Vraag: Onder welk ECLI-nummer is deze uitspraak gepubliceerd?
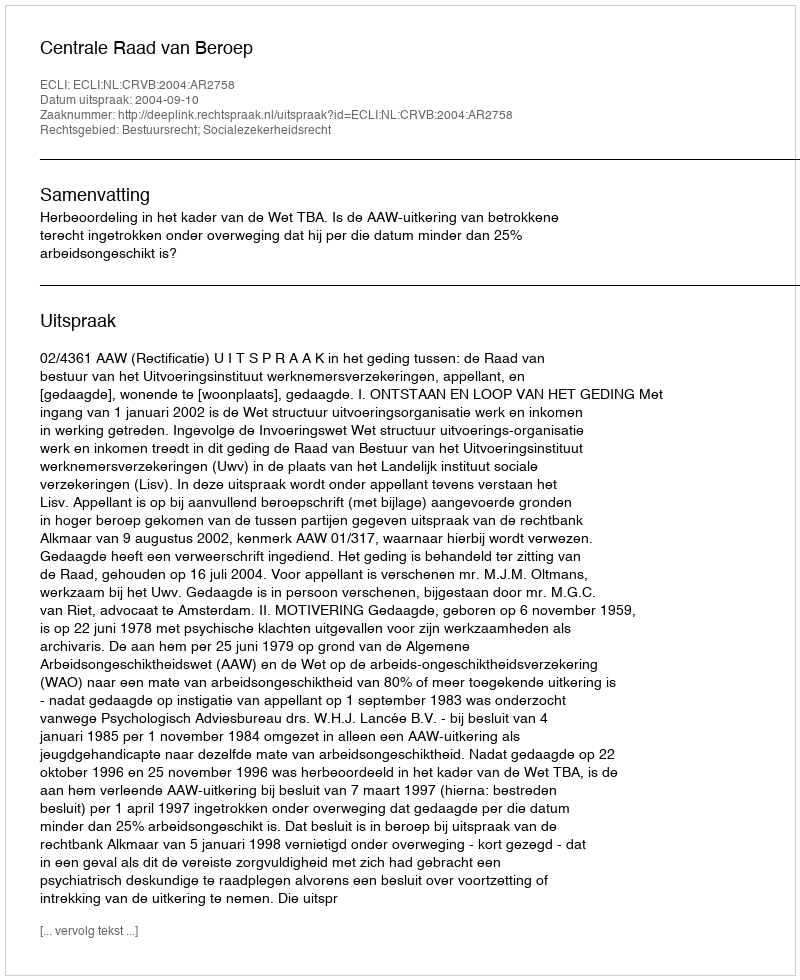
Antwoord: ECLI:NL:CRVB:2004:AR2758